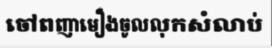
ចៅពញាមឿងចូលលុកសំលាប់